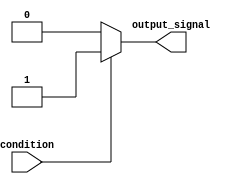
module Generate_Conditional_Assignment (
    input condition,
    output reg output_signal
);

always @* begin
    if (condition) begin
        output_signal = 1'b1; // Assign a certain value when condition is true
    end else begin
        output_signal = 1'b0; // Assign a different value when condition is false
    end
end

endmodule